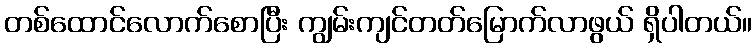
တစ်ထောင်လောက်စောပြီး ကျွမ်းကျင်တတ်မြောက်လာဖွယ် ရှိပါတယ်။